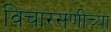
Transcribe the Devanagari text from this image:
विचारसणीच्या